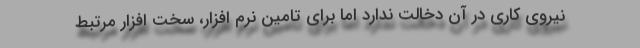
نیروی کاری در آن دخالت ندارد اما برای تامین نرم افزار، سخت افزار مرتبط